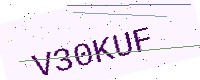
Text: V30KUF